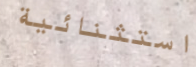
استثنائية